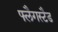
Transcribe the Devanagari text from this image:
फ्लैगस्टैड